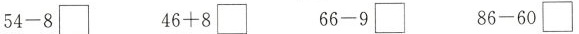
54-8\Box 56+8\Box 66-9\Box 86-60\Box